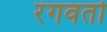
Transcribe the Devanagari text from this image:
रंगवतो